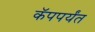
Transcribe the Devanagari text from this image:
कॅपपर्यंत